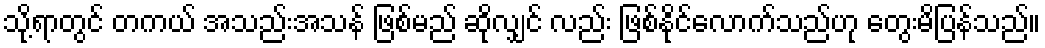
သို့ရာတွင် တကယ် အသည်းအသန် ဖြစ်မည် ဆိုလျှင် လည်း ဖြစ်နိုင်လောက်သည်ဟု တွေးမိပြန်သည်။